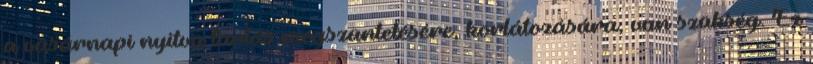
a vasárnapi nyitva tartás megszüntetésére, korlátozására, van szükség. Ez